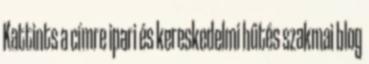
Kattints a címre ipari és kereskedelmi hűtés szakmai blog